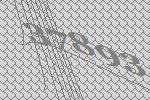
37893